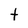
Character: t